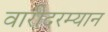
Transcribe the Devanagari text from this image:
वारीदरम्यान